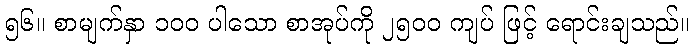
၅၆။ စာမျက်နှာ ၁၀၀ ပါသော စာအုပ်ကို ၂၅၀၀ ကျပ် ဖြင့် ရောင်းချသည်။